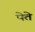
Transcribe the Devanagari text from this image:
पेते